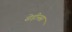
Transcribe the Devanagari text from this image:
सेड़ीनस